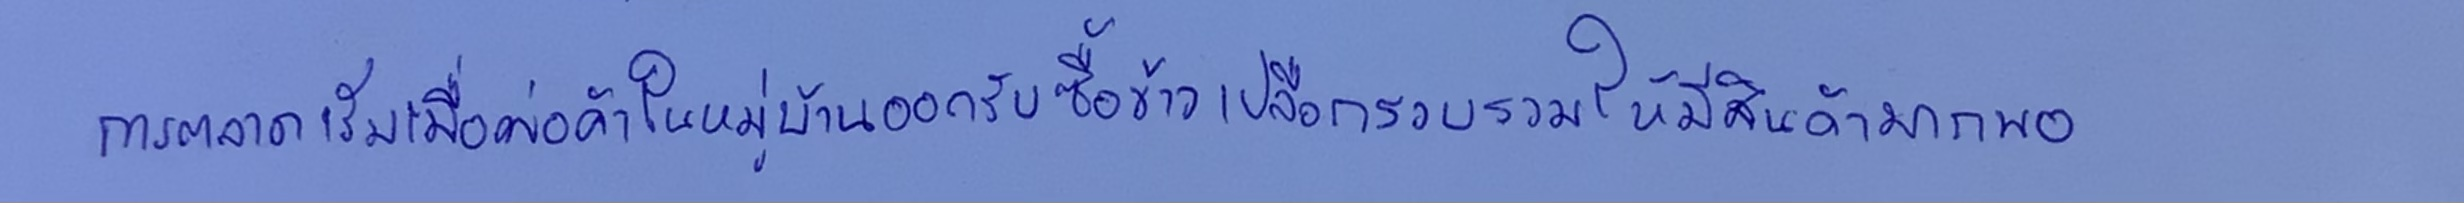
การตลาดเริ่มเมื่อพ่อค้าในหมู่บ้านออกรับซื้อข้าวเปลือกรวบรวมให้มีสินค้ามากพอ